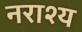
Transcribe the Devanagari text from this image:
नराश्य